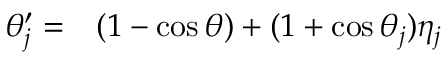
\begin{array} { r l } { \theta _ { j } ^ { \prime } = } & { { } ( 1 - \cos \theta ) + ( 1 + \cos \theta _ { j } ) \eta _ { j } } \end{array}